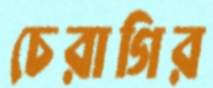
চেরাগির